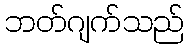
ဘတ်ဂျက်သည်